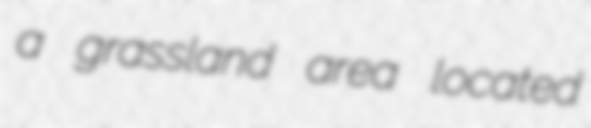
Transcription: a grassland area located